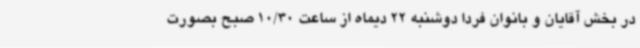
در بخش آقایان و بانوان فردا دوشنبه 22 دیماه از ساعت 10/30 صبح بصورت